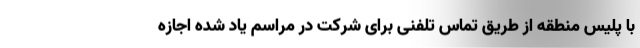
با پلیس منطقه از طریق تماس تلفنی برای شرکت در مراسم یاد شده اجازه